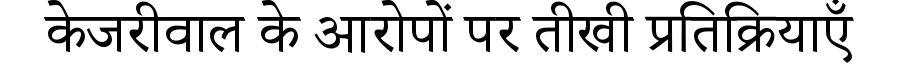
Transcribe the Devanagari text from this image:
केजरीवाल के आरोपों पर तीखी प्रतिक्रियाएँ